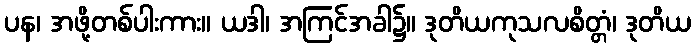
ပန၊ အဖို့တစ်ပါးကား။ ယဒါ၊ အကြင်အခါ၌။ ဒုတိယကုသလစိတ္တံ၊ ဒုတိယ